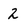
Character: 2